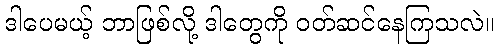
ဒါပေမယ့် ဘာဖြစ်လို့ ဒါတွေကို ဝတ်ဆင်နေကြသလဲ။